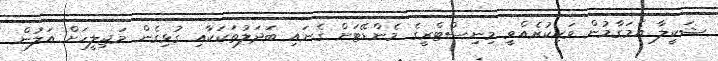
ޝަކީލާ އެމަގާމުން ވަކިކުރެއްވީ މިނިސްޓްރީގެ މެންޑޭޓަށް ގެނައި ބަދަލުތަކަކާއި ގުޅިގެން މަޖިލީހަށް އަލުން